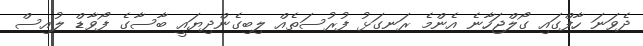
ދެވަނަ ހާފްގައި ގޯލްޖަހާނެ އެންމެ ރަނގަޅު ފުރުސަތެއް ލިބިގެންދިޔައީ ބާސާގެ ފޯވާޑް ލުއިސް